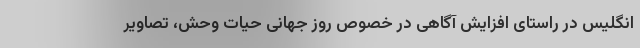
انگلیس در راستای افزایش آگاهی در خصوص روز جهانی حیات وحش، تصاویر